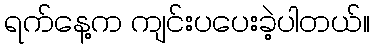
ရက်နေ့က ကျင်းပပေးခဲ့ပါတယ်။